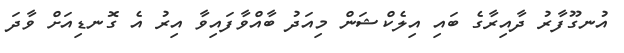
އުނގޫފާރު ދާއިރާގެ ބައި އިލެކްޝަން މިއަދު ބާއްވާފައިވާ އިރު އެ ގޮނޑިއަށް ވާދަ